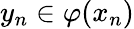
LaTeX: y_{n}\in\varphi(x_{n})